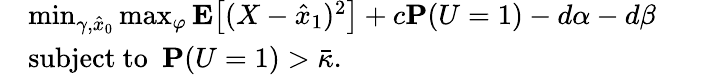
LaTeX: \begin{array}{rl}&{\operatorname*{min}_{\gamma,\hat{x}_{0}}\operatorname*{max}_{\varphi}\mathbf{E}\big[(X-\hat{x}_{1})^{2}\big]+c\mathbf{P}(U=1)-d\alpha-d\beta~~~~~~~~~~}\\ &{\mathrm{subject~to~~}\mathbf{P}(U=1)>\bar{\kappa}.}\end{array}